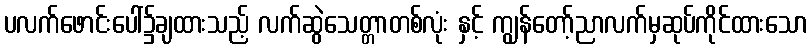
ပလက်ဖောင်းပေါ်၌ချထားသည့် လက်ဆွဲသေတ္တာတစ်လုံး နှင့် ကျွန်တော့်ညာလက်မှဆုပ်ကိုင်ထားသော